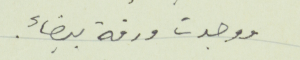
ووجدت ورقة بيضاء.